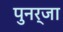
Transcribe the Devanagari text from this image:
पुनर्जा